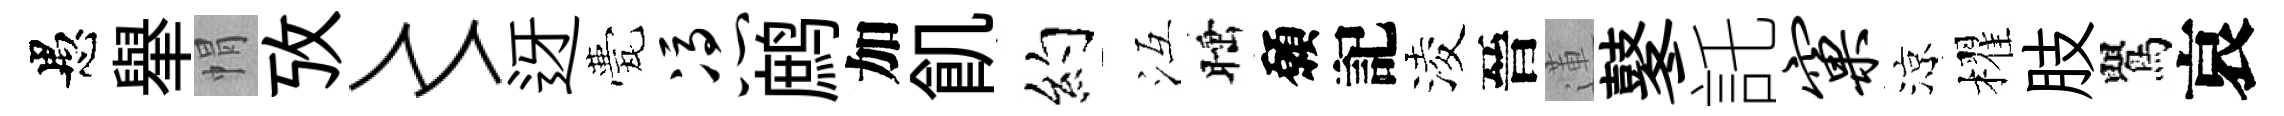
愚𦦙㡌攷〻迓甍凭鹧加飢约冱睡願記淩晉蓮鼕託窠涼櫂肢鸎哀